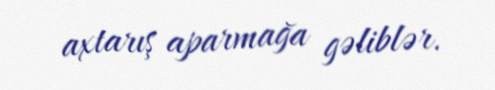
axtarış aparmağa gəliblər.